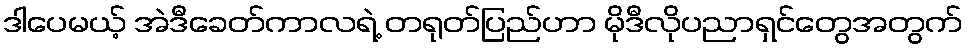
ဒါပေမယ့် အဲဒီခေတ်ကာလရဲ့ တရုတ်ပြည်ဟာ မိုဒီလိုပညာရှင်တွေအတွက်